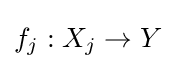
f_{j}:X_{j}\to Y